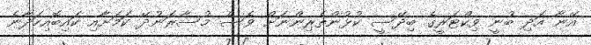
އޭނާ އަދި ބުނީ ވިކްޓަރީގެ ބިދޭސީ ކުޅުންތެރިންނަށް ވެސް މުސާރަނުދޭ ކަމަށާއި ކައިބޮއިހަދާނެ